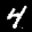
Label: 4